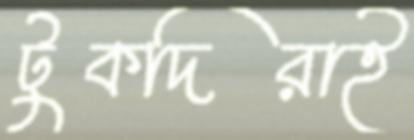
টুকদিরাই